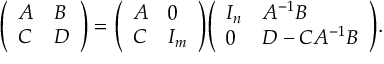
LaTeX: { \left( \begin{array} { l l } { A } & { B } \\ { C } & { D } \end{array} \right) } = { \left( \begin{array} { l l } { A } & { 0 } \\ { C } & { I _ { m } } \end{array} \right) } { \left( \begin{array} { l l } { I _ { n } } & { A ^ { - 1 } B } \\ { 0 } & { D - C A ^ { - 1 } B } \end{array} \right) } .